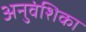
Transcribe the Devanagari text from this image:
अनुवंशिका